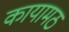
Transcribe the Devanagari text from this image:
कायामठ